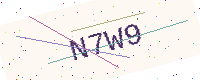
Text: N7W9